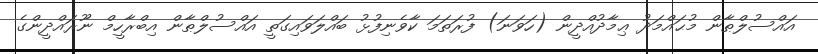
އައްސުލްޠާން މުޙައްމަދު ޢިމާދުއްދީން (ހަވަނަ) ފުރަތަމަ ކާވެނިފުޅު ބައްލަވައިގަތީ އައްސުލްޠާން އިބްރާހީމް ނޫރައްދީންގެ